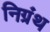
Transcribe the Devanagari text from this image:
निग्रंथ